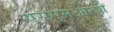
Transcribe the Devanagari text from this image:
एसएमआरपी